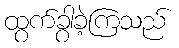
ထွက်ခွာခဲ့ကြသည်